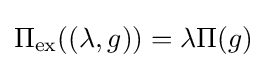
\Pi _{\mathrm {ex} }((\lambda ,g))=\lambda \Pi (g)